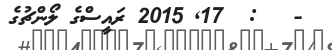
-   :  17